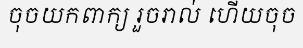
ចុចយកពាក្យ រួចរាល់ ហើយចុច